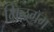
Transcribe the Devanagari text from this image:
मिलग्रॅम